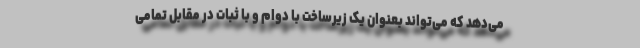
می‌دهد که می‌تواند بعنوان یک زیرساخت با دوام و با ثبات در مقابل تمامی